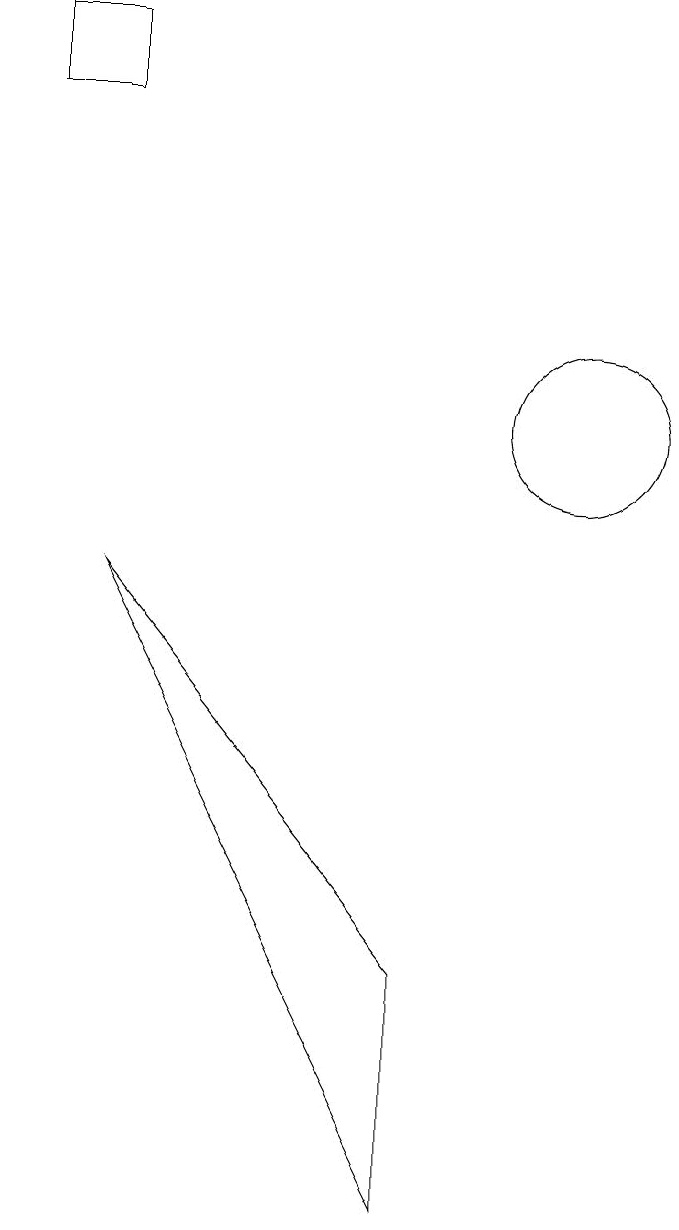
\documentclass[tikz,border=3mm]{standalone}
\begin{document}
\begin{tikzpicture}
\draw (9,1) -- (9,4) -- (5,9) -- cycle;
\draw (11,11) circle (1);
\draw (5,15) rectangle (4,16);
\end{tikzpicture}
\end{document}